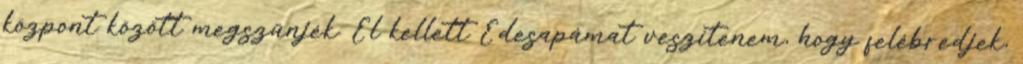
központ között megszűnjék. El kellett Édesapámat veszítenem, hogy felébredjek,